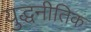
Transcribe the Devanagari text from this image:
युद्धनीतिक